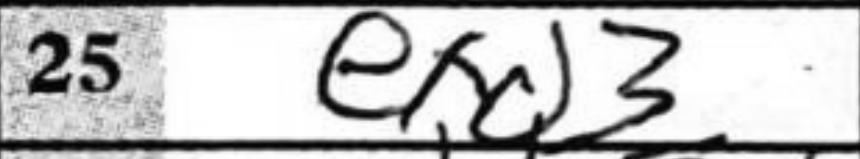
Transcription: exd3